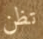
تظن